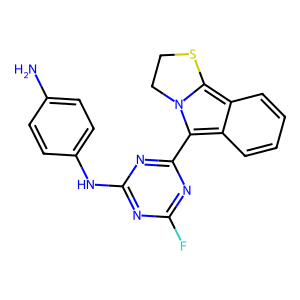
SMILES: Nc1ccc(Nc2nc(F)nc(-c3c4ccccc4c4n3CCS4)n2)cc1
Inhibits HIV replication: No